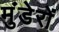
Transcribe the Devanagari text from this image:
मुंडेरों